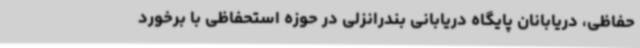
حفاظی، دریابانان پایگاه دریابانی بندرانزلی در حوزه استحفاظی با برخورد